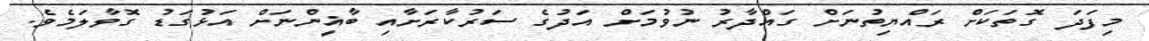
މިފަދަ ގޮތަކަށް ރައްޔިތުނަށް ގައްދާރު ނުވުމަށް އަދުގެ ސަރުކާރަށާއި ބާޣީންނަށް އަޅުގަޑު ގޮވާލަމެވެ.